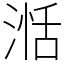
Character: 湉